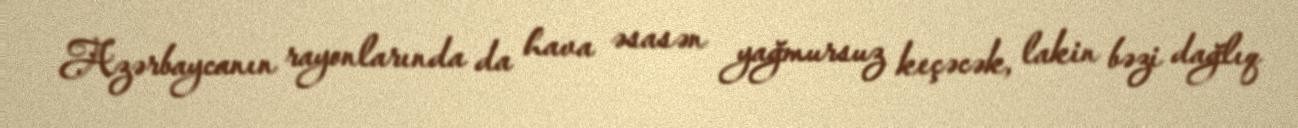
Azərbaycanın rayonlarında da hava əsasən yağmursuz keçəcək, lakin bəzi dağlıq